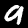
Digit: 9